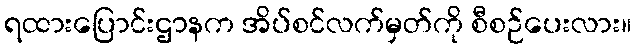
ရထားပြောင်းဌာနက အိပ်စင်လက်မှတ်ကို စီစဉ်ပေးလား။